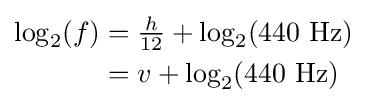
{\begin{aligned}\log _{2}(f)&={\tfrac {h}{12}}+\log _{2}({\text{440 Hz}})\\&=v+\log _{2}({\text{440 Hz}})\end{aligned}}